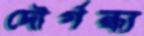
দৌর্গন্ধ্য